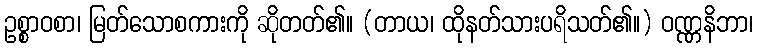
ဥစ္စာဝစာ၊ မြတ်သောစကားကို ဆိုတတ်၏။ (တာယ၊ ထိုနတ်သားပရိသတ်၏။) ဝဏ္ဏနိဘာ၊